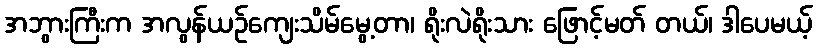
အဘွားကြီးက အလွန်ယဉ်ကျေးသိမ်မွေ့တာ၊ ရိုးလဲရိုးသား ဖြောင့်မတ် တယ်၊ ဒါပေမယ့်